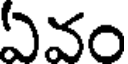
ఏవం